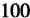
100